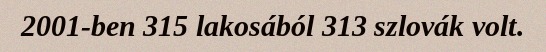
2001-ben 315 lakosából 313 szlovák volt.